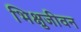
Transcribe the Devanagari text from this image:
भिक्षुजीवन